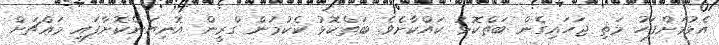
އެޅުމަށްފަހު މަތި ޖަހައިގެން ބަތްކޮޅު ކައްކާށެވެ. ބަތްކޮޅު ކެކުމުން ގްރީން އޮނިޔަންކޮށާފައި މައްޗަށް